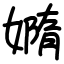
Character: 嫷